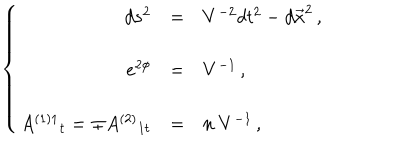
LaTeX: \left\{ \begin{array} { r c l } { { d s ^ { 2 } } } & { { = } } & { { V ^ { - 2 } d t ^ { 2 } - d \vec { x } ^ { 2 } \, , } } \\ { { } } & { { } } & { { } } \\ { { e ^ { 2 \phi } } } & { { = } } & { { V ^ { - 1 } \, , } } \\ { { } } & { { } } & { { } } \\ { { A ^ { ( 1 ) 1 } { } _ { t } = \mp A ^ { ( 2 ) } { } _ { 1 t } } } & { { = } } & { { n \ V ^ { - 1 } \, , } } \\ \end{array} \right.